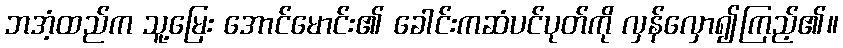
ဘအံ့ထည်က သူ့မြေး အောင်မောင်း၏ ခေါင်းကဆံပင်ပုတ်ကို လှန်လှော၍ကြည့်၏။